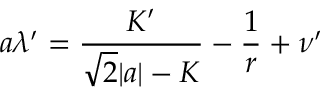
a \lambda ^ { \prime } = \frac { K ^ { \prime } } { \sqrt { 2 } | a | - K } - \frac { 1 } { r } + \nu ^ { \prime }